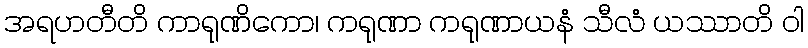
အရဟတီတိ ကာရုဏိကော၊ ကရုဏာ ကရုဏာယနံ သီလံ ယဿာတိ ဝါ